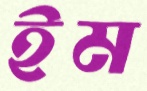
ইম